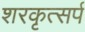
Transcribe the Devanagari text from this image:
शरकृत्‍सर्प